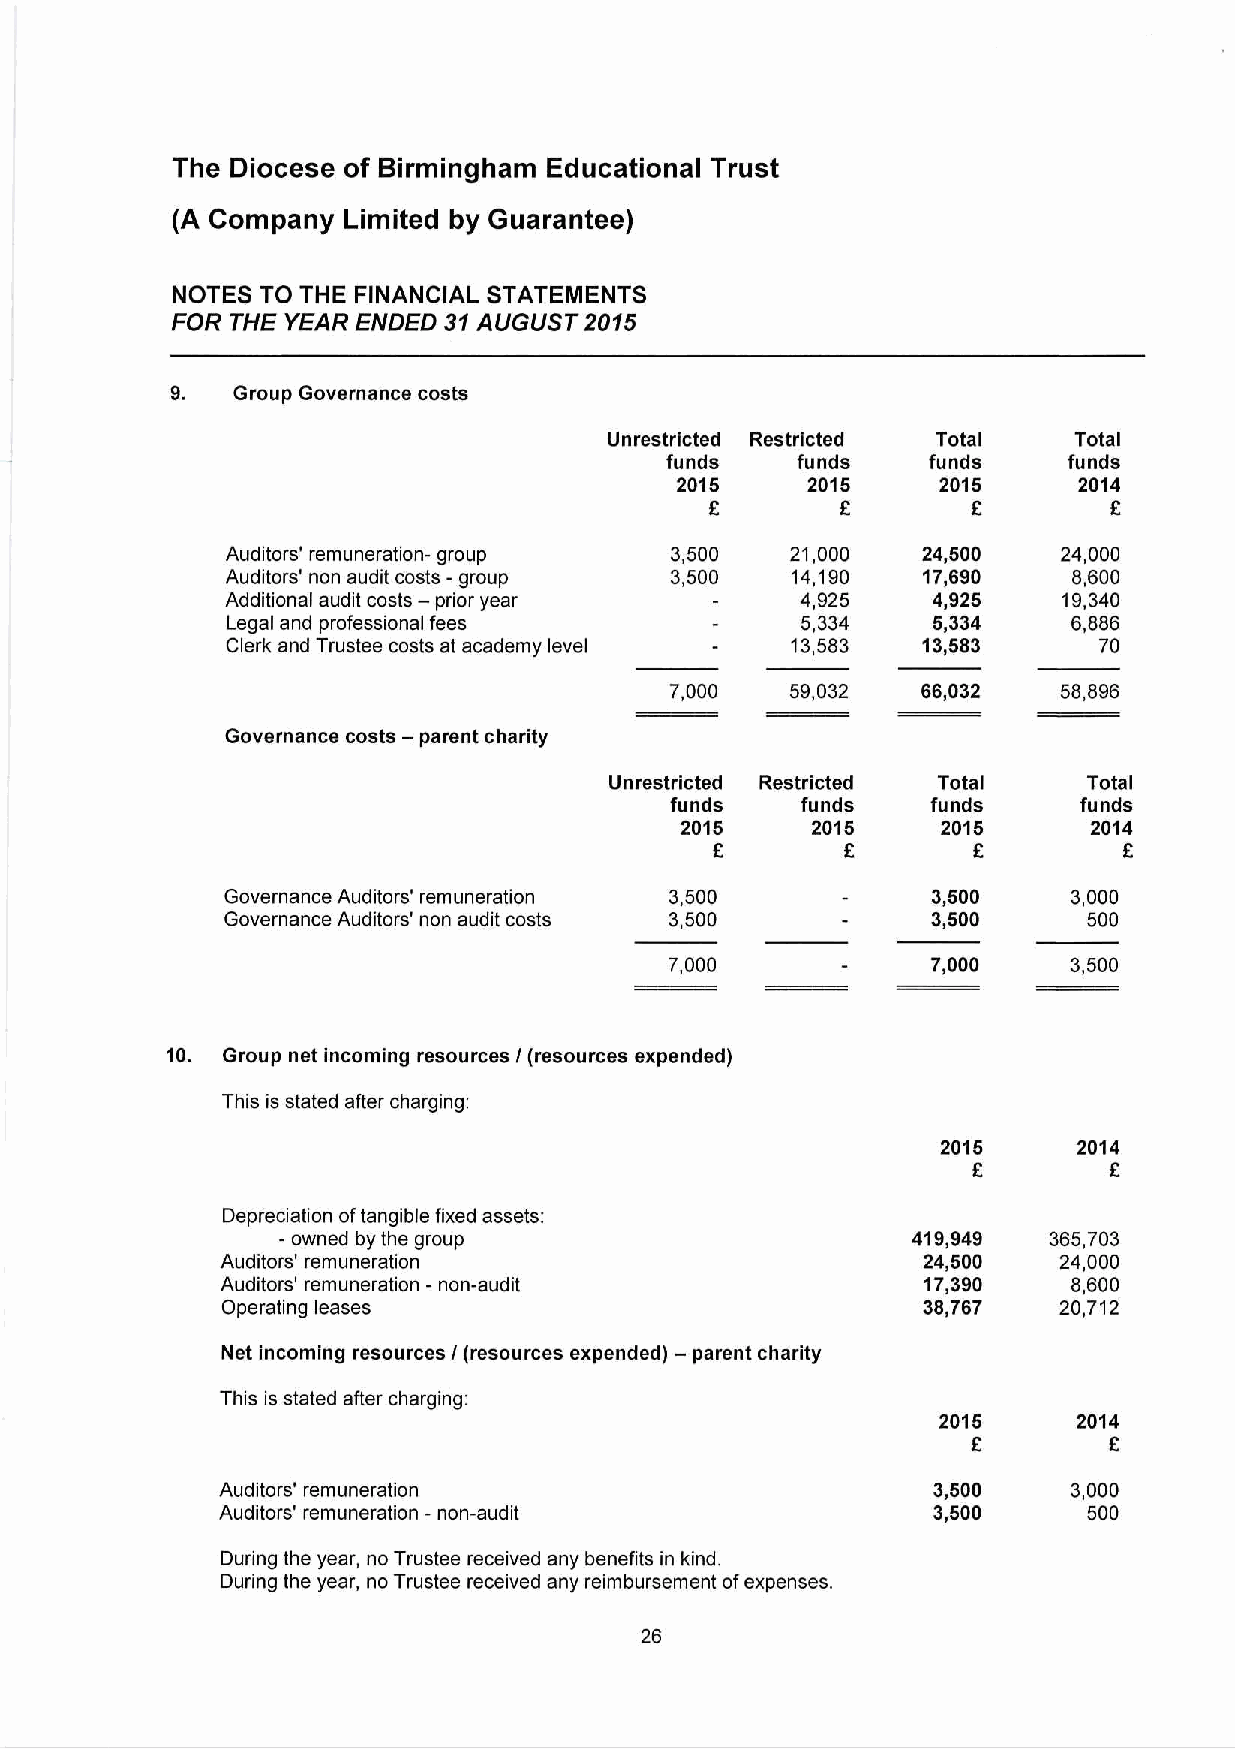
The Diocese of Birmingham Educational Trust
 (A Company  Limited by Guarantee)
 NOTES TO THE FINANCIAL STATEMENTS
 FOR THE YEAR ENDED 31 AUGUST 2015
 9.  Group Governance costs
 Unrestricted Restricted Total  Total
 funds    funds   funds     funds
 2015    2015     2015     2014
 £        £       £        £
 Auditors' remuneration- group 3,500  21,000   24,500   24,000
 Auditors' non audit costs - group 3,500 14,190 17,690   8,600
 Additional audit costs - prior year   4,925    4,925   19,340
 Legal and professional fees           5,334    5,334    6,886
 Clerk and Trustee costs at academy level 13,583 13,583    70
 7,000   59,032   66,032   58,896
 Governance costs - parent charity
 Unrestricted Restricted Total   Total
 funds    funds    funds    funds
 2015     2015    2015      2014
 £        £       £         £
 Governance Auditors' remuneration 3,500        3,500    3,000
 Governance Auditors' non audit costs 3,500     3,500     500
 7,000             7,000    3,500
 10. Group net incoming resources / (resources expended)
 This is stated after charging:
 2015     2014
 £        £
 Depreciation of tangible fixed assets:
 - owned by the group                      419,949  365,703
 Auditors' remuneration                        24,500   24,000
 Auditors' remuneration - non-audit            17,390    8,600
 Operating leases                              38,767   20,712
 Net incoming resources / (resources expended) - parent charity
 This is stated after charging:
 2015     2014
 £        £
 Auditors' remuneration                          3,500    3,000
 Auditors' remuneration - non-audit              3,500     500
 During the year, no Trustee received any benefits in kind.
 During the year, no Trustee received any reimbursement of expenses.
 26